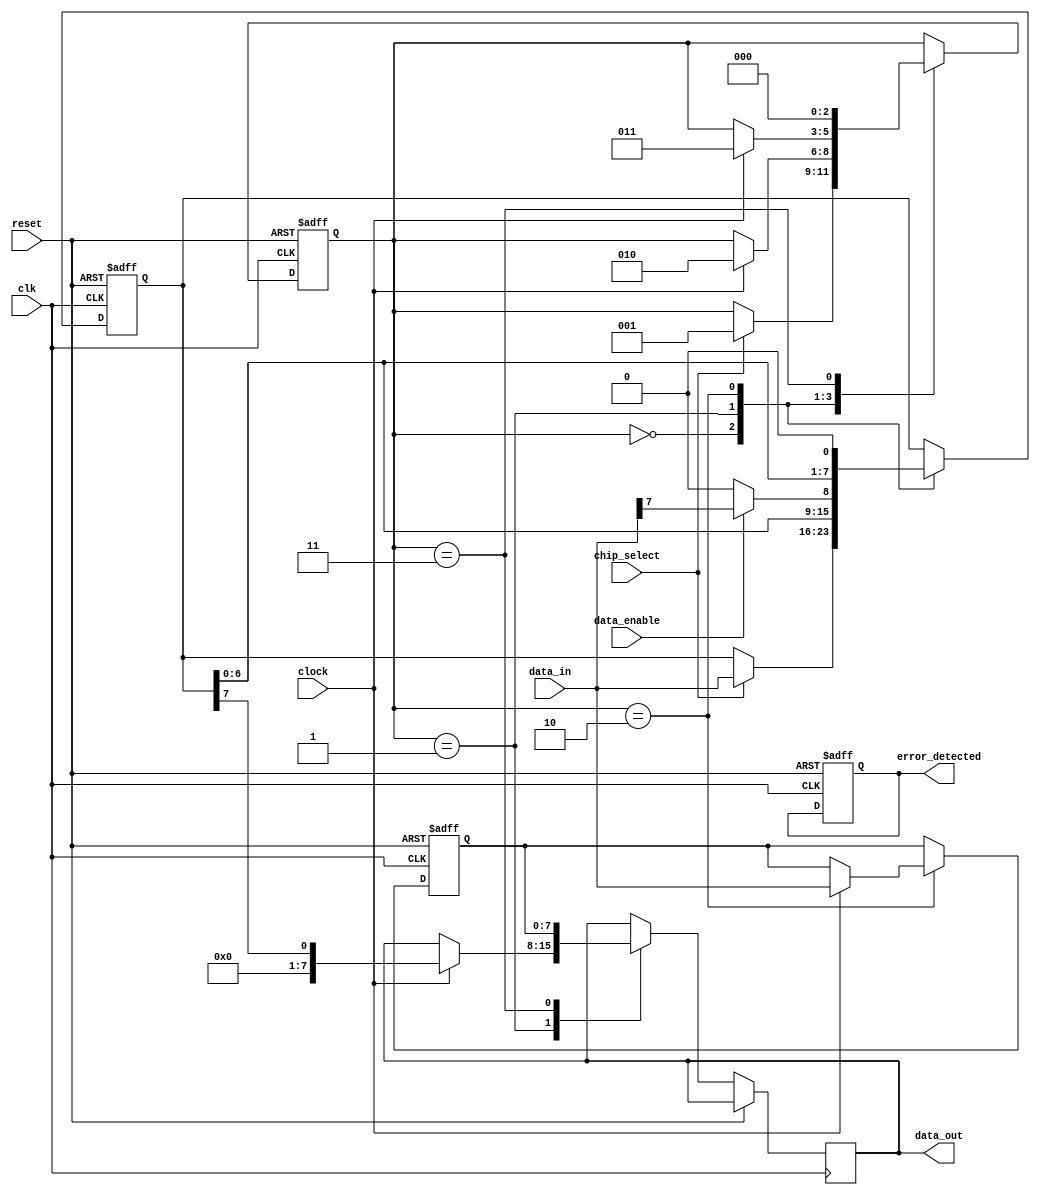
module spi_master(
    input wire clk,
    input wire reset,
    input wire chip_select,
    input wire clock,
    input wire data_enable,
    input wire [7:0] data_in,
    output wire [7:0] data_out,
    output reg error_detected
);

reg [7:0] shift_register;
reg [7:0] data_buffer;
reg [2:0] state;

always @(posedge clk or posedge reset) begin
    if (reset) begin
        shift_register <= 8'b0;
        data_buffer <= 8'b0;
        state <= 3'b000;
        error_detected <= 1'b0;
    end else begin
        case(state)
            3'b000: begin // IDLE state
                if (chip_select) begin
                    state <= 3'b001; // Transition to Transmit state
                    shift_register <= data_in;
                end
            end
            3'b001: begin // Transmit state
                shift_register <= {shift_register[6:0], data_enable ? data_in[7] : 1'b0};
                if (clock) begin
                    data_out <= shift_register[7];
                    state <= 3'b010;
                end
            end
            3'b010: begin // Receive state
                shift_register <= {shift_register[6:0], 1'b0};
                if (clock) begin
                    data_buffer <= {data_buffer[6:0], data_in};
                    state <= 3'b011;
                end
            end
            3'b011: begin // Transfer state
                data_out <= data_buffer;
                state <= 3'b000; // Return to IDLE state
            end
        endcase
    end
end

endmodule